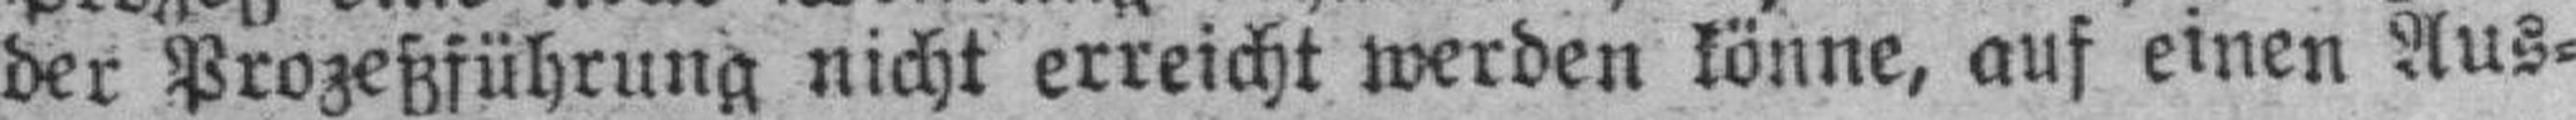
der Prozeßführung nicht erreicht werden könne, auf einen Aus¬